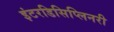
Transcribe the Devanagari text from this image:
इंटरडिसिप्लिनरी